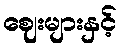
ဈေးများနှင့်